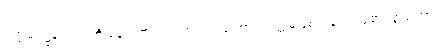
ဥတ္တမဋ္ဌေန ဝရံ’ ကို မိန့်သတည်း။ အဘယ်ကြောင့် ဥတ္တမဖြစ်သနည်း စောဒနာကြောင့်